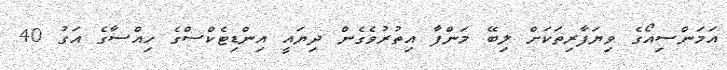
އަމަންސިއޯގެ ވިޔަފާރިތަކަށް ލިބޭ މަންފާ އިތުރުވެގެން ދިޔައީ އިންޑިޓެކްސްގެ ހިއްސާގެ އަގު 40